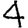
Digit: 4